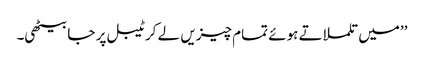
’’میں تلملاتے ہوئے تمام چیزیں لے کر ٹیبل پر جا بیٹھی۔